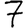
Digit: 7